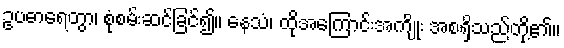
ဥပဓာရေတွာ၊ စုံစမ်းဆင်ခြင်၍။ နေသံ၊ ထိုအကြောင်းအကျိုး အစရှိသည်တို့၏။